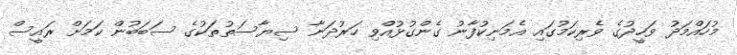
މުހައްމަދު ވަހީދުގެ ވެރިކަމުގައި އެމަނިކުފާނު ގެންގުޅުއްވި ހަރުދަނާ ސިޔާސަތުތަކުގެ ސަބަބުން ކަމަށް ރައީސް